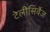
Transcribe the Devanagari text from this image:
टेलीसिर्वेज